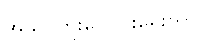
အသွင်ကူးပြောင်းရေးကာလ